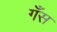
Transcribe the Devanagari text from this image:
गँस